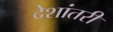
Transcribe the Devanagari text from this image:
देशांतरी